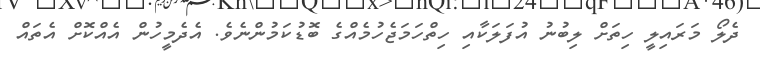
ދެލޯ މަރައިލީ ހިތަށް ލިބުނު އުފަލަކާއި ހިތްހަމަޖެހުމެއްގެ ބޮޑުކަމުންނެވެ. އެދެމީހުން އެއްކޮށް އެތައް